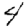
Digit: 4